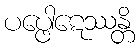
ပပ္ဖေါဋေဿန္တိ